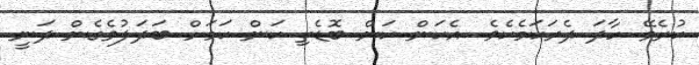
ކުރެވޭ ހާދަ ދެރަކަމެކެވެ. އެކަން ކަން ބޮޑެތި ކަން ކަމަށް ބަދަލުވެގެން ދަނީ